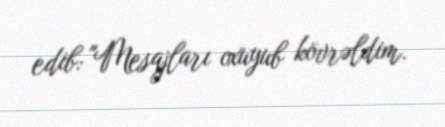
edib: "Mesajları oxuyub kövrəldim.